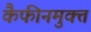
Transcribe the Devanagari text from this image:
कैफीनमुक्त